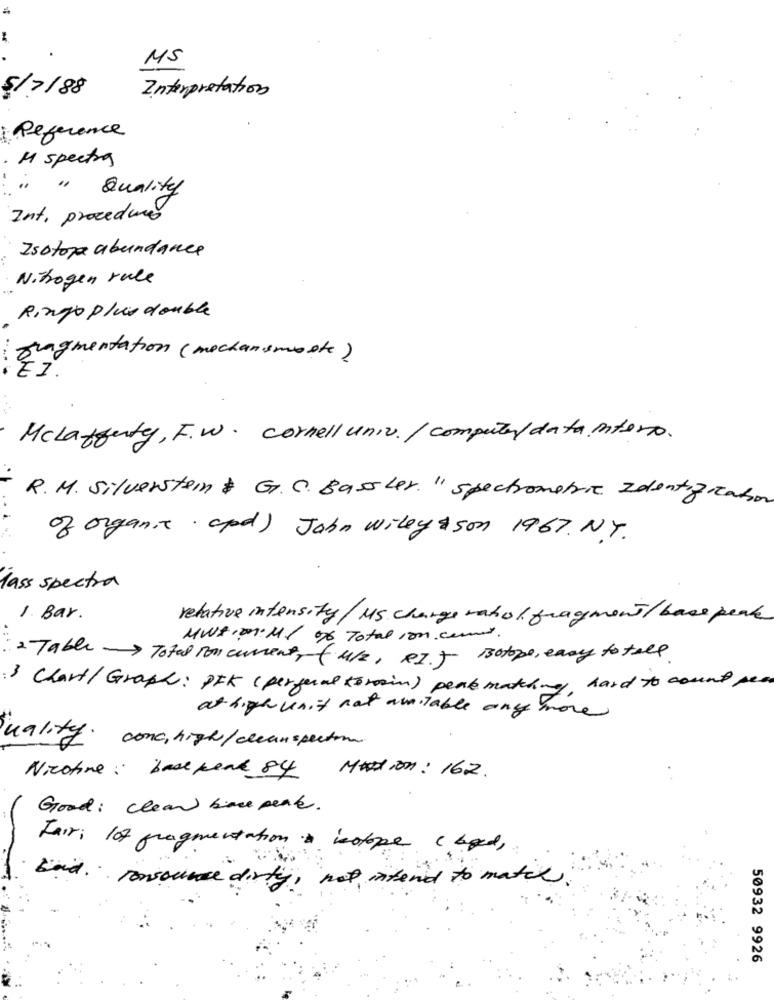
MS
Interpretation
5/7/88
Reference
M spectra
" Quality
Int. procedure
Isotope abundance
Nitrogen rule
Ringo plus double
.....
fragmentation (mechanismeste)
Mclafferty, F.w. cornell univ./ computer/data intero.
R. M. Silverstein & G. C. Basler. " spectrometric Identificahon
of organic and) John Wiley &son 1967. N.Y.
lass spectra
1. Bar.
relative intensity/ MS charge matioli fragment/ bass peak
MWS. .. Ml of Total ion. com.
:2 Table - Total con current, fu/z, RIJ isotope, easy to tall
:3 Chart/Graph: PIK ( perfurul komin) pente matching, hard to count pen
at high unit not available any more
Quality. conc, high/clean spector
Nicotine: base peak 84
Motion : 162.
Good : clean back pense.
Fair: 107 fragmentation to isotope ( boed,
said . consource dirty, not intend to match
50932 9926